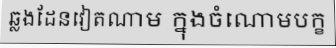
ឆ្លងដែនវៀតណាម ក្នុងចំណោមបក្ខ